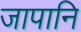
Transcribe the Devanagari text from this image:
जापानि